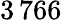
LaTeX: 3\, 766